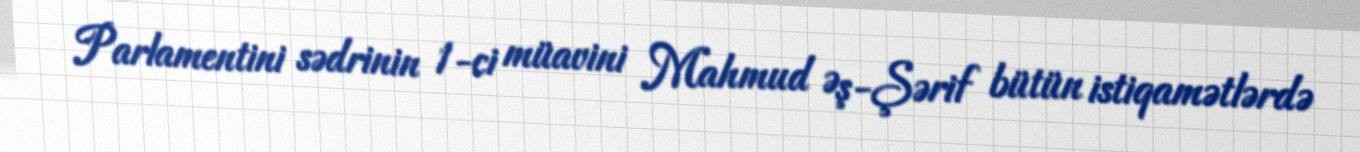
Parlamentini sədrinin 1-ci müavini Mahmud Əş-Şərif bütün istiqamətlərdə